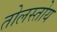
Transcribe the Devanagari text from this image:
तोलस्तोय